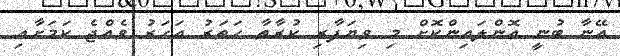
އޭނާ ބުނީ އޮންލައިންކޮށް މި ވިޔަފާރި ކުރާތާ ހަތަރު އަހަރު ވެއްޖެ ކަމަށާއި